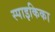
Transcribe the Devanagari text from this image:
स्पाइकिका